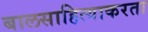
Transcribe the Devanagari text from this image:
बालसाहित्याकरता